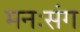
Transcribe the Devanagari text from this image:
मनःसंग